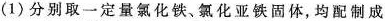
(1)分别取一定量氯化铁、氯化亚铁固体，均配制成